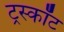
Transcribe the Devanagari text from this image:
ट्रस्कॉट